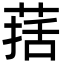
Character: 葀